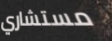
مستشاري